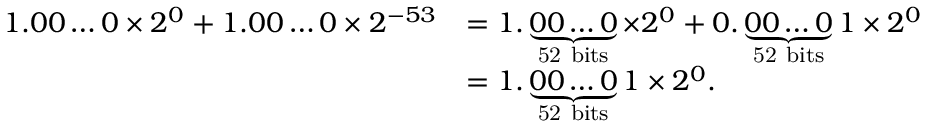
{ \begin{array} { r l } { 1 . 0 0 \ldots 0 \times 2 ^ { 0 } + 1 . 0 0 \ldots 0 \times 2 ^ { - 5 3 } } & { = 1 . \underbrace { 0 0 \ldots 0 } _ { \mathrm { 5 2 ~ b i t s } } \times 2 ^ { 0 } + 0 . \underbrace { 0 0 \ldots 0 } _ { \mathrm { 5 2 ~ b i t s } } 1 \times 2 ^ { 0 } } \\ & { = 1 . \underbrace { 0 0 \ldots 0 } _ { \mathrm { 5 2 ~ b i t s } } 1 \times 2 ^ { 0 } . } \end{array} }